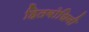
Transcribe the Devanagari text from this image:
हितबोधिनी